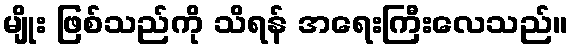
မျိုး ဖြစ်သည်ကို သိရန် အရေးကြီးလေသည်။